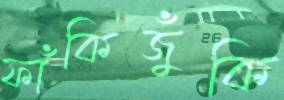
ফাঁকিজুঁকি